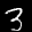
Label: 3